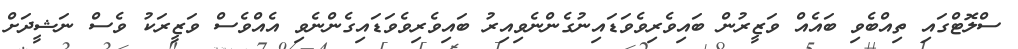
ސްލޮޓްގައި ތިއްބެވި ބައެއް ވަޒީރުން ބައިވެރިވެވަޑައިނުގެންނެވިއިރު ބައިވެރިވެވަޑައިގެންނެވި އެއްވެސް ވަޒީރަކު ވެސް ނަޝީދަށް